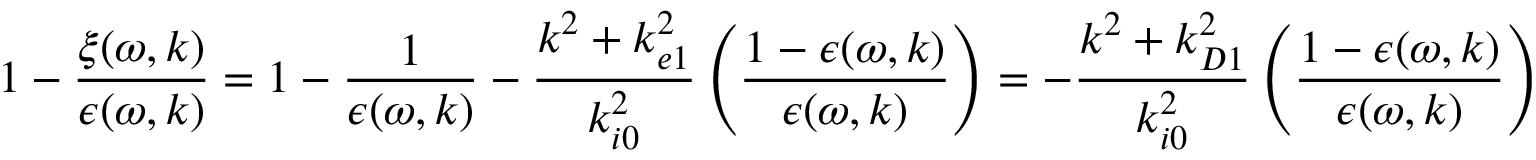
1 - \frac { \xi ( \omega , \boldsymbol { k } ) } { \epsilon ( \omega , \boldsymbol { k } ) } = 1 - \frac { 1 } { \epsilon ( \omega , \boldsymbol { k } ) } - \frac { k ^ { 2 } + k _ { e 1 } ^ { 2 } } { k _ { i 0 } ^ { 2 } } \left( \frac { 1 - \epsilon ( \omega , \boldsymbol { k } ) } { \epsilon ( \omega , \boldsymbol { k } ) } \right) = - \frac { k ^ { 2 } + k _ { D 1 } ^ { 2 } } { k _ { i 0 } ^ { 2 } } \left( \frac { 1 - \epsilon ( \omega , \boldsymbol { k } ) } { \epsilon ( \omega , \boldsymbol { k } ) } \right)